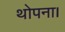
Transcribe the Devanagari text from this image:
थोपना।